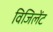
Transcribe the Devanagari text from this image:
विजिलेंट